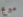
مبرمج